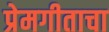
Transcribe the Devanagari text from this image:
प्रेमगीताचा